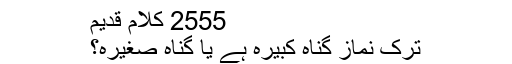
2555 کلام قدیم
ترک نماز گناہ کبیرہ ہے یا گناہ صغیرہ؟